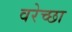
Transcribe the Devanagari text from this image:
वरेच्छा